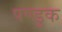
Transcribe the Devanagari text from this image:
पण्डुक